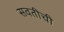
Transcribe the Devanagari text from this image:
सवतीची